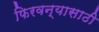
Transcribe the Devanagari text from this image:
फिरवन्यासाठी